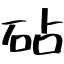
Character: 砧